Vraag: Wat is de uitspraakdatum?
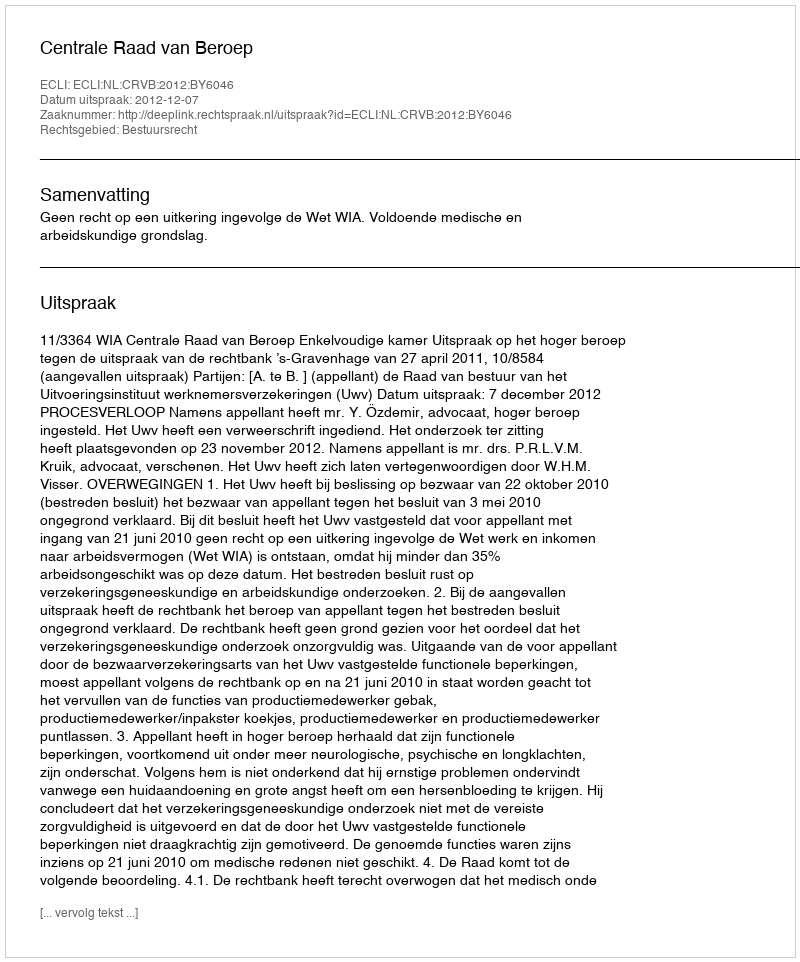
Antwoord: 2012-12-07